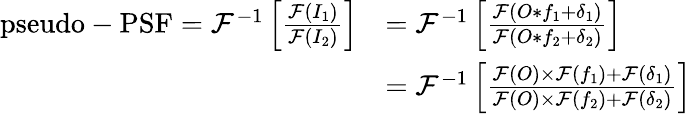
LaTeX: \begin{array}{rl}{\mathrm{pseudo-PSF}=\mathcal{F}^{-1}\left[\frac{\mathcal{F}(I_{1})}{\mathcal{F}(I_{2})}\right]}&{=\mathcal{F}^{-1}\left[\frac{\mathcal{F}(O\ast f_{1}+\delta_{1})}{\mathcal{F}(O\ast f_{2}+\delta_{2})}\right]}\\ &{=\mathcal{F}^{-1}\left[\frac{\mathcal{F}(O)\times\mathcal{F}(f_{1})+\mathcal{F}(\delta_{1})}{\mathcal{F}(O)\times\mathcal{F}(f_{2})+\mathcal{F}(\delta_{2})}\right]}\end{array}